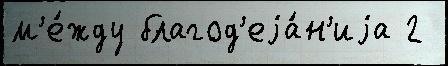
м'е́жду благод'еjа́н'иjа 2